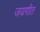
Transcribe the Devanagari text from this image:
जयगीत